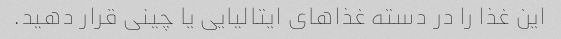
این غذا را در دسته غذاهای ایتالیایی یا چینی قرار دهید.